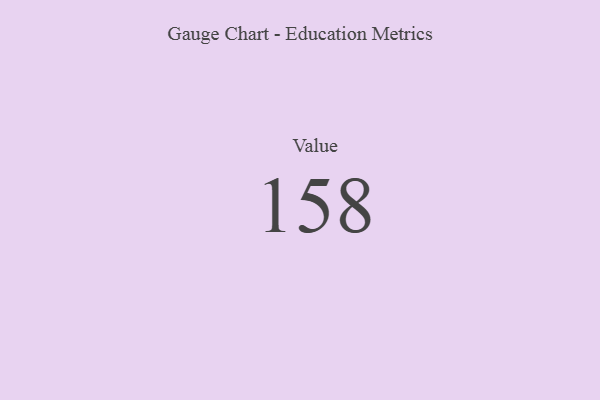
{"axis": {"x": "Metric", "y": "Value"}, "legend": [""], "data": [{"x": "Value", "y": 158, "type": ""}]}